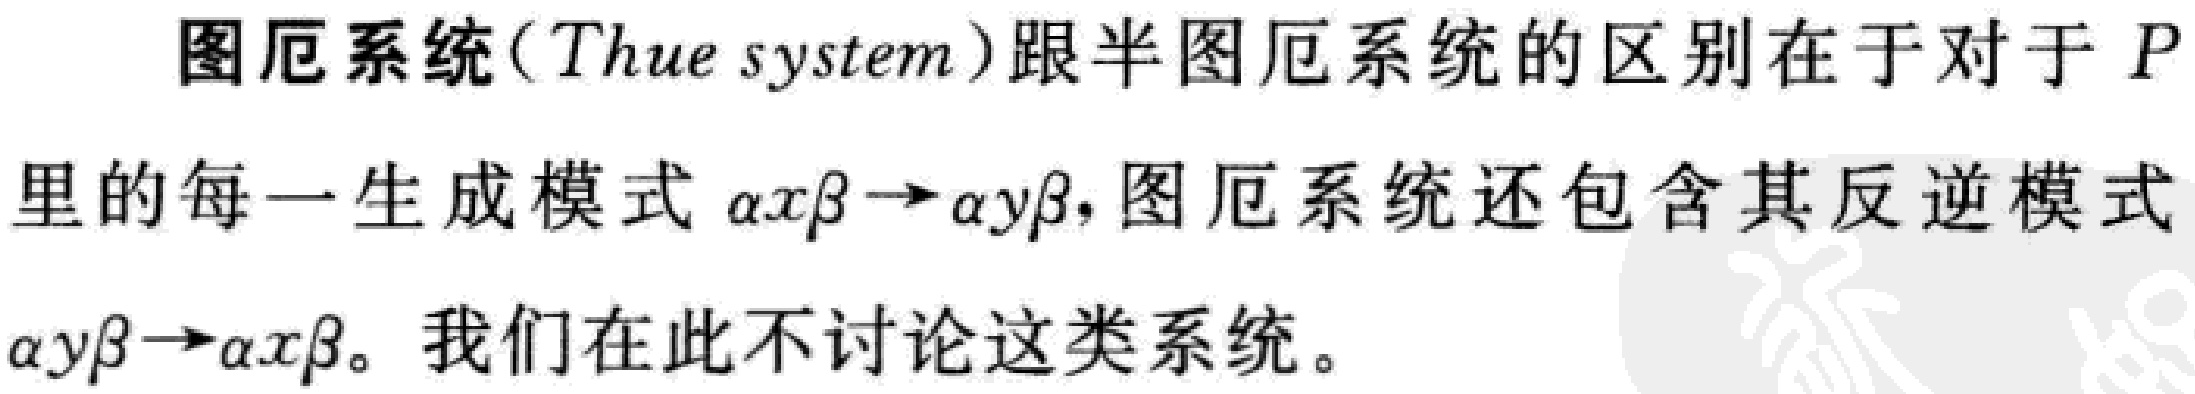
图厄系统(Thue system)跟半图厄系统的区别在于对于$P$里的每一生成模式$\alpha x\beta \to \alpha y\beta$，图厄系统还包含其反逆模式$\alpha y\beta \to \alpha x\beta$。我们在此不讨论这类系统。